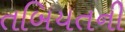
તબિયતની